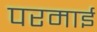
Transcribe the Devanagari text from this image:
परमाई